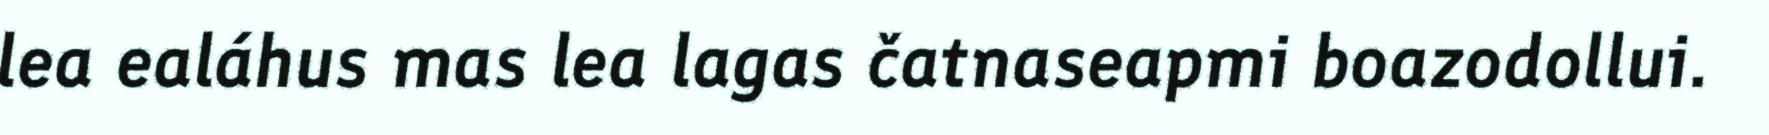
lea ealáhus mas lea lagas čatnaseapmi boazodollui.